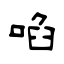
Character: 啗